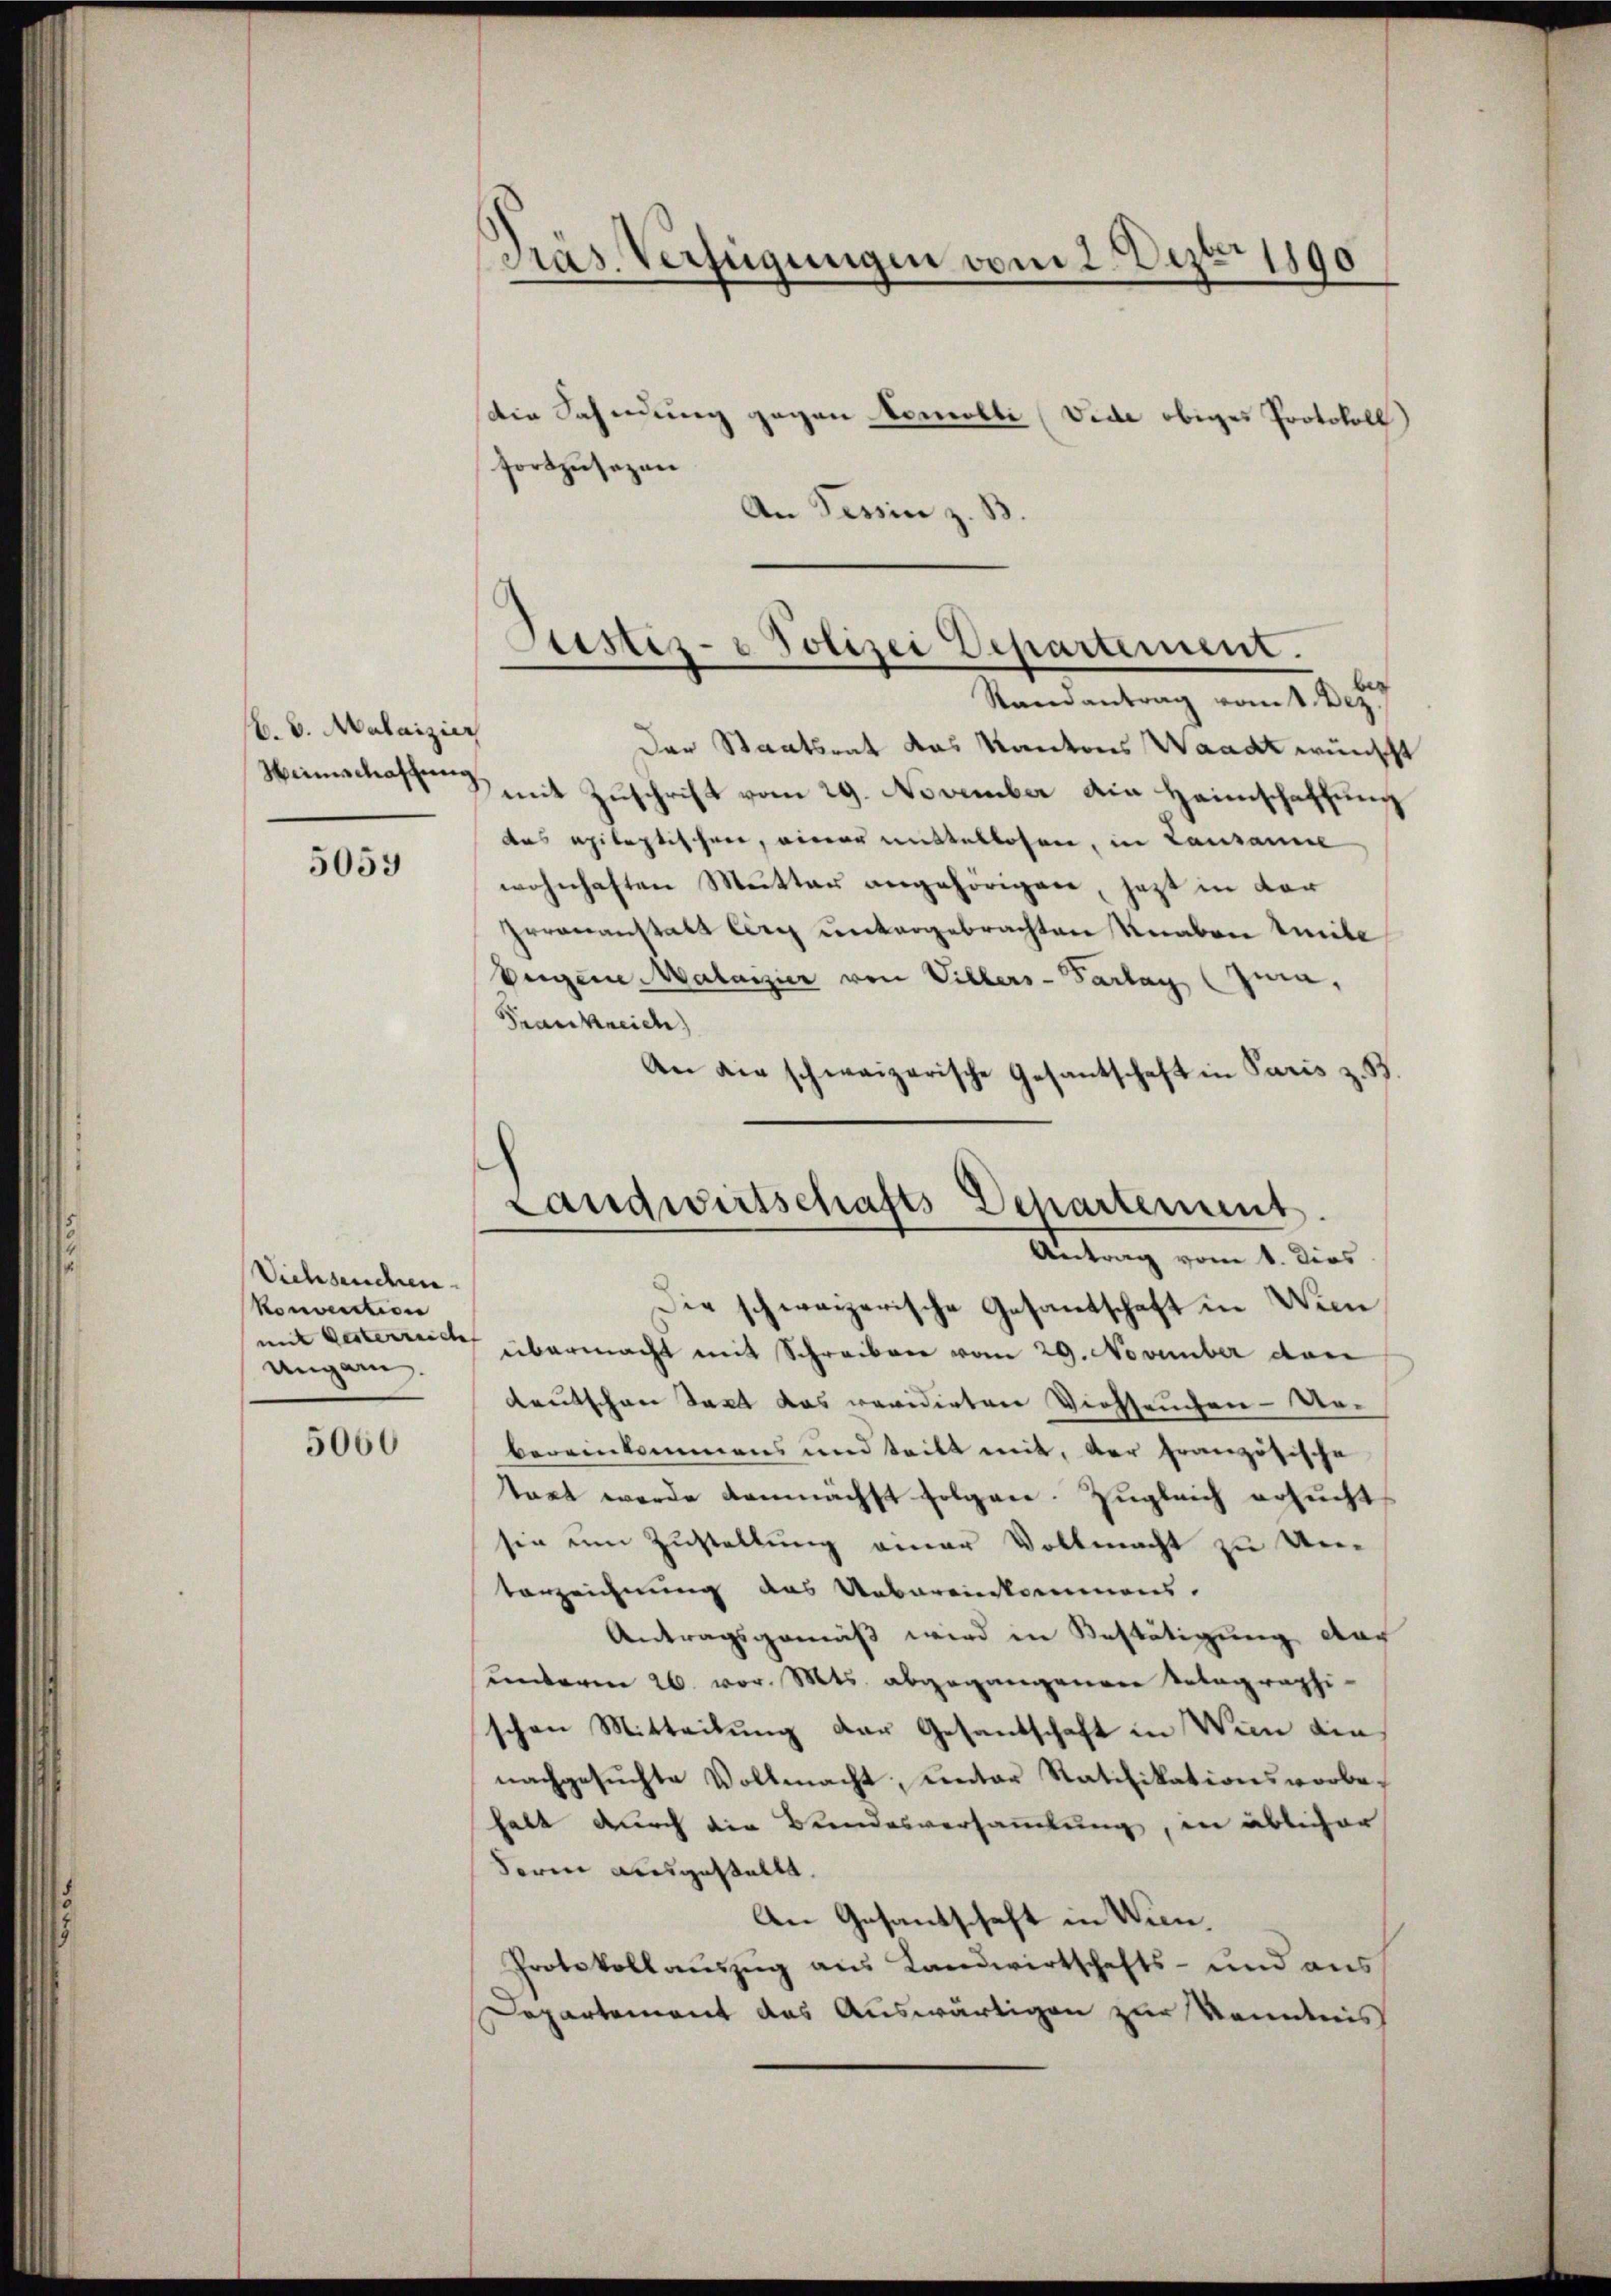
B. 6. Malaizier
Heimschaffung.

5059

Viehseuchen.
Konvention
Ungarn.

5060

Präs. Verfügungen vom 2. Dezbr 1890
die Sahndung gegen bemolli (Vide obiges Protokoll)
fortzusezen

An Tessin z. B

Justiz- & Polizei Departement.
Randantrag vom Dez.

Landwirtschafts-Departement.
Antrag vom 1. dies

Der Staatsrat das Kantons Waadt wünscht
mit Zuschrift vom 29. November in Heimschaffung
das epileptischen, einer mittellosen, in Lausanne
wohnhaften Mutter angehörigen, jetzt in der
Irrenanstatt lag untergebrachten Knaben Uibe
beigene Malaisier von Villers-Parlay (Zeia,
Frankreich
An die schweizerische Gesantschaft in Paris z. B

Die schweizerische Gesantschaft in Wien
mit gesterrecte übermacht mit Schreiben vom 29. November den
deutschen Sact das revidirten Viehseuchen- Ver-
bereinkommens und teilt mit, der französische
taet werde demnächst folgen. Zugleich ersucht
sie um Zustellung einer Vollmacht zu Un¬
Verzeichnung des Uebereinkommens
Antragsgemäß wird in Bestätigung der
unterm 26. vor. Mts. abgegangenen Telegraphi-
schen Mitteilung der Gesandschaft in Wien ainnachgesuchte Vollmacht, unter Ratifikationsvorbehalt durch die Bundesversammlung, in üblicher
derin ausgestallt.
An Gesandschaft in Wien.
Protokollauszug aus Landwirtschafts- und aus
Departement das Auswärtigen zur Kenntnis